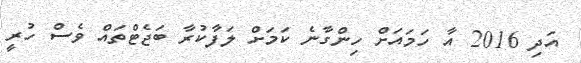
އަދި 2016 އާ ހަމައަށް ހިންގާނެ ކަމަށް ލަފާކުރާ ބަޖެޓްތައް ވެސް ހުރީ